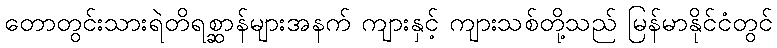
တောတွင်းသားရဲတိရစ္ဆာန်များအနက် ကျားနှင့် ကျားသစ်တို့သည် မြန်မာနိုင်ငံတွင်